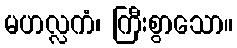
မဟလ္လကံ၊ ကြီးစွာသော။